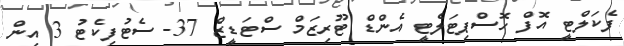
ފެކަލްޓީ އޮފް ހޮސްޕިޓަލެޓީ އެންޑް ޓޫރިޒަމް ސްޓަޑީޒް 37- ސެޓުފިކެޓު 3 އިން